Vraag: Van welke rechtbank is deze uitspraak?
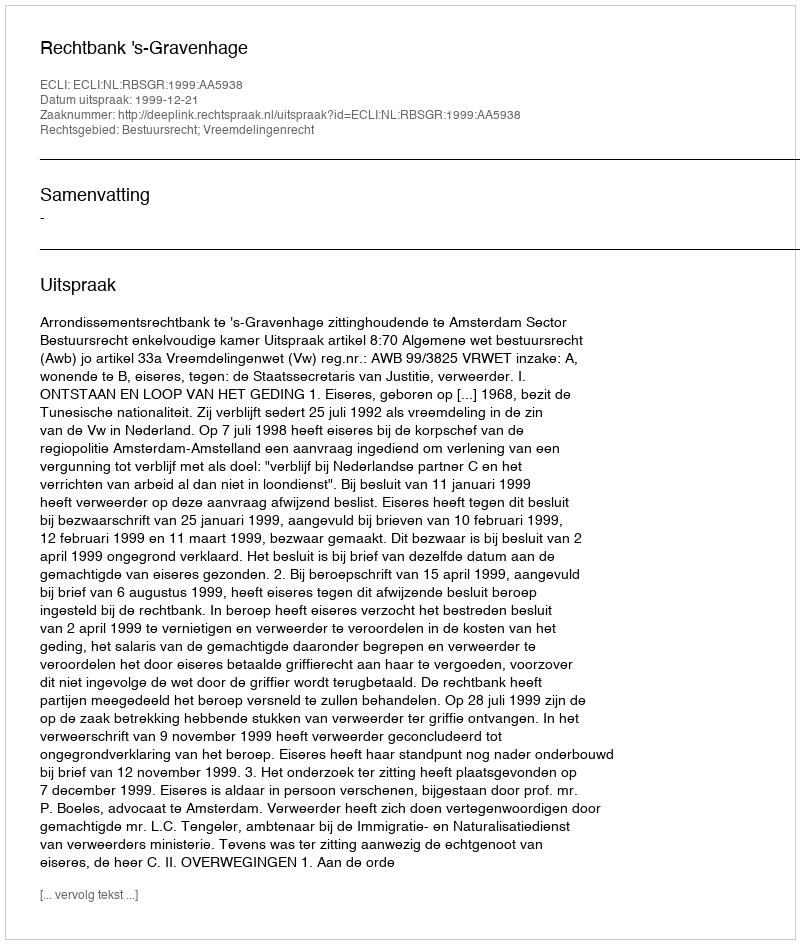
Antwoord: Rechtbank 's-Gravenhage